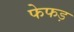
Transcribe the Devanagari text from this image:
फेफड़